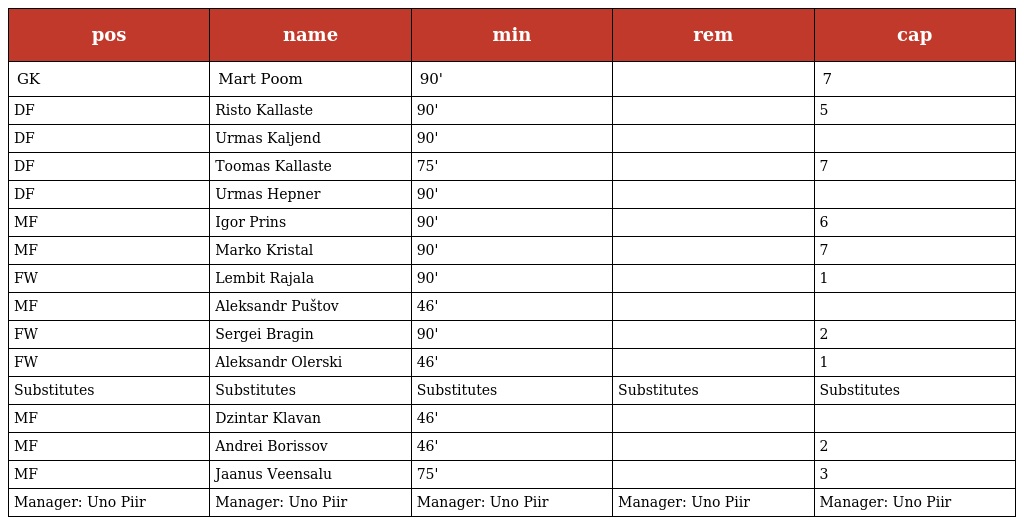
| pos | name | min | rem | cap |
 | --- | --- | --- | --- | --- |
 | GK | Mart Poom | 90' |  | 7 |
 | DF | Risto Kallaste | 90' |  | 5 |
 | DF | Urmas Kaljend | 90' |  |  |
 | DF | Toomas Kallaste | 75' |  | 7 |
 | DF | Urmas Hepner | 90' |  |  |
 | MF | Igor Prins | 90' |  | 6 |
 | MF | Marko Kristal | 90' |  | 7 |
 | FW | Lembit Rajala | 90' |  | 1 |
 | MF | Aleksandr Puštov | 46' |  |  |
 | FW | Sergei Bragin | 90' |  | 2 |
 | FW | Aleksandr Olerski | 46' |  | 1 |
 | Substitutes | Substitutes | Substitutes | Substitutes | Substitutes |
 | MF | Dzintar Klavan | 46' |  |  |
 | MF | Andrei Borissov | 46' |  | 2 |
 | MF | Jaanus Veensalu | 75' |  | 3 |
 | Manager: Uno Piir | Manager: Uno Piir | Manager: Uno Piir | Manager: Uno Piir | Manager: Uno Piir |